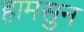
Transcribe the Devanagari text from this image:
हामसुन